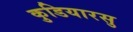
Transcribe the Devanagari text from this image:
कुडियारसु